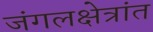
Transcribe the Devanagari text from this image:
जंगलक्षेत्रांत